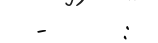
-      :